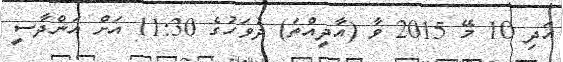
އަދި 10 މޭ 2015 ވާ (އާދީއްތަ) ދުވަހުގެ 11:30 އަށް އަންދާސީ